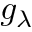
g _ { \lambda }